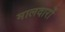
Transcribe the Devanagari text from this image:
मालदारों